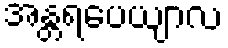
အန္တရပေယျာလ